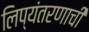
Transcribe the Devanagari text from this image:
लिप्यंतरणाची